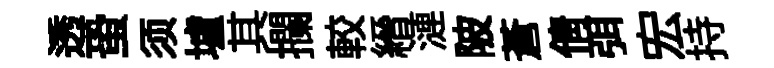
透蛩须壚其攔較縉漣陂蒼倩弭宏持